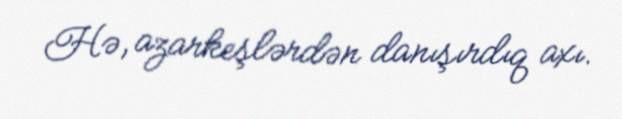
Hə, azarkeşlərdən danışırdıq axı.